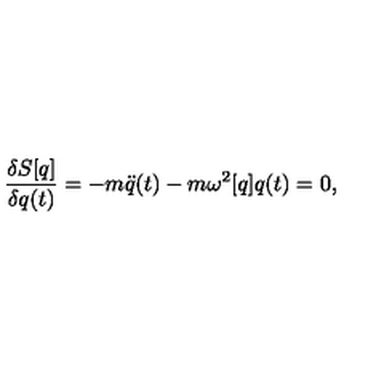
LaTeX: { \frac { \delta S [ q ] } { \delta q ( t ) } } = - m \ddot { q } ( t ) - m \omega ^ { 2 } [ q ] q ( t ) = 0 ,